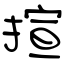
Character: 揎